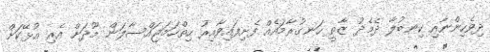
ދިވެހިންނާއި ކިނބުލާ ދެމެދު ޒާތީ ހަނގުރާމައެއް ފެށިފައިވާއިރު ހިތްހަމަޖައްސާލަން މޫދަށް އެރި އުޅޭކަށް